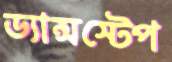
ড্যান্সস্টেপ